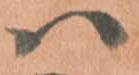
ハ